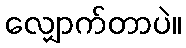
လျှောက်တာပဲ။